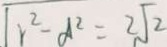
\sqrt { r ^ { 2 } - \alpha ^ { 2 } } = 2 \sqrt { 2 }